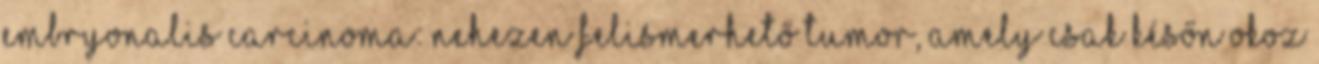
Embryonalis carcinoma: nehezen felismerhető tumor, amely csak későn okoz